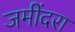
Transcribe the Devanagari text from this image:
जमींदरा